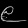
Digit: ၉